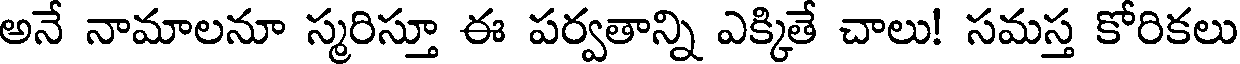
అనే నామాలనూ స్మరిస్తూ ఈ పర్వతాన్ని ఎక్కితే చాలు! సమస్త కోరికలు